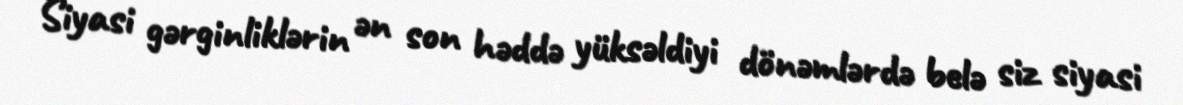
Siyasi gərginliklərin ən son həddə yüksəldiyi dönəmlərdə belə siz siyasi